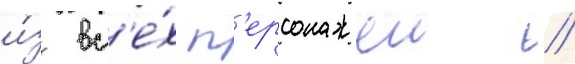
и́з вс'е́х п'ерсонажеи //